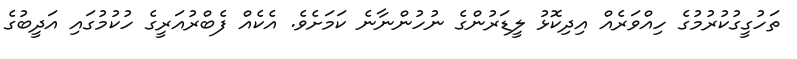
ތަހުގީގުކުރުމުގެ ހިއްވަރެއް އިދިކޮޅު ލީޑަރުންގެ ނުހުންނާނެ ކަމަށެވެ. އެކެއް ފެބްރުއަރީގެ ހުކުމުގައި އަދީބުގެ